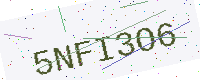
Text: 5NFI3O6